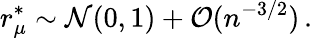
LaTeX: r_{\mu}^{\ast}\sim\mathcal{N}(0,1)+\mathcal{O}(n^{-3/2})\, .